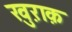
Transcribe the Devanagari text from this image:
खु़राक़